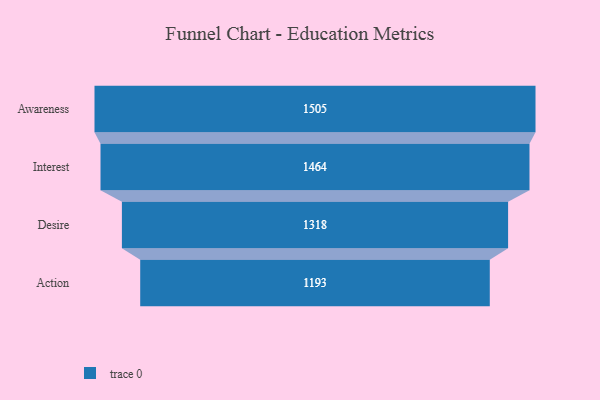
{"axis": {"x": "Stage", "y": "Value"}, "legend": [""], "data": [{"x": "Awareness", "y": 1505.0, "type": ""}, {"x": "Interest", "y": 1464.0, "type": ""}, {"x": "Desire", "y": 1318.0, "type": ""}, {"x": "Action", "y": 1193.0, "type": ""}]}